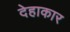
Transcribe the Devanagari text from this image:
देहाकार